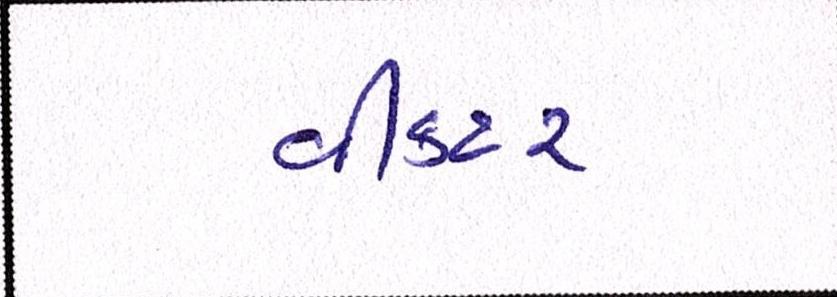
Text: વીકટર